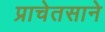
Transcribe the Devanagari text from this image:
प्राचेतसाने